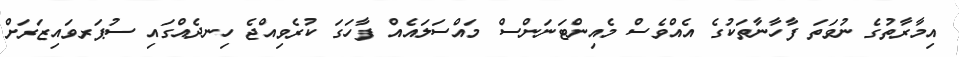
އިމާރާތުގެ ނުވަތަ ފާހާނާތަކުގެ އެއްވެސް މެއިންޓަނަންސް މައްސަލައެއް ފާހަގަ ކުރެވިއްޖެ ހިނދެއްގައި ސުޕަރވައިޒަރަށް